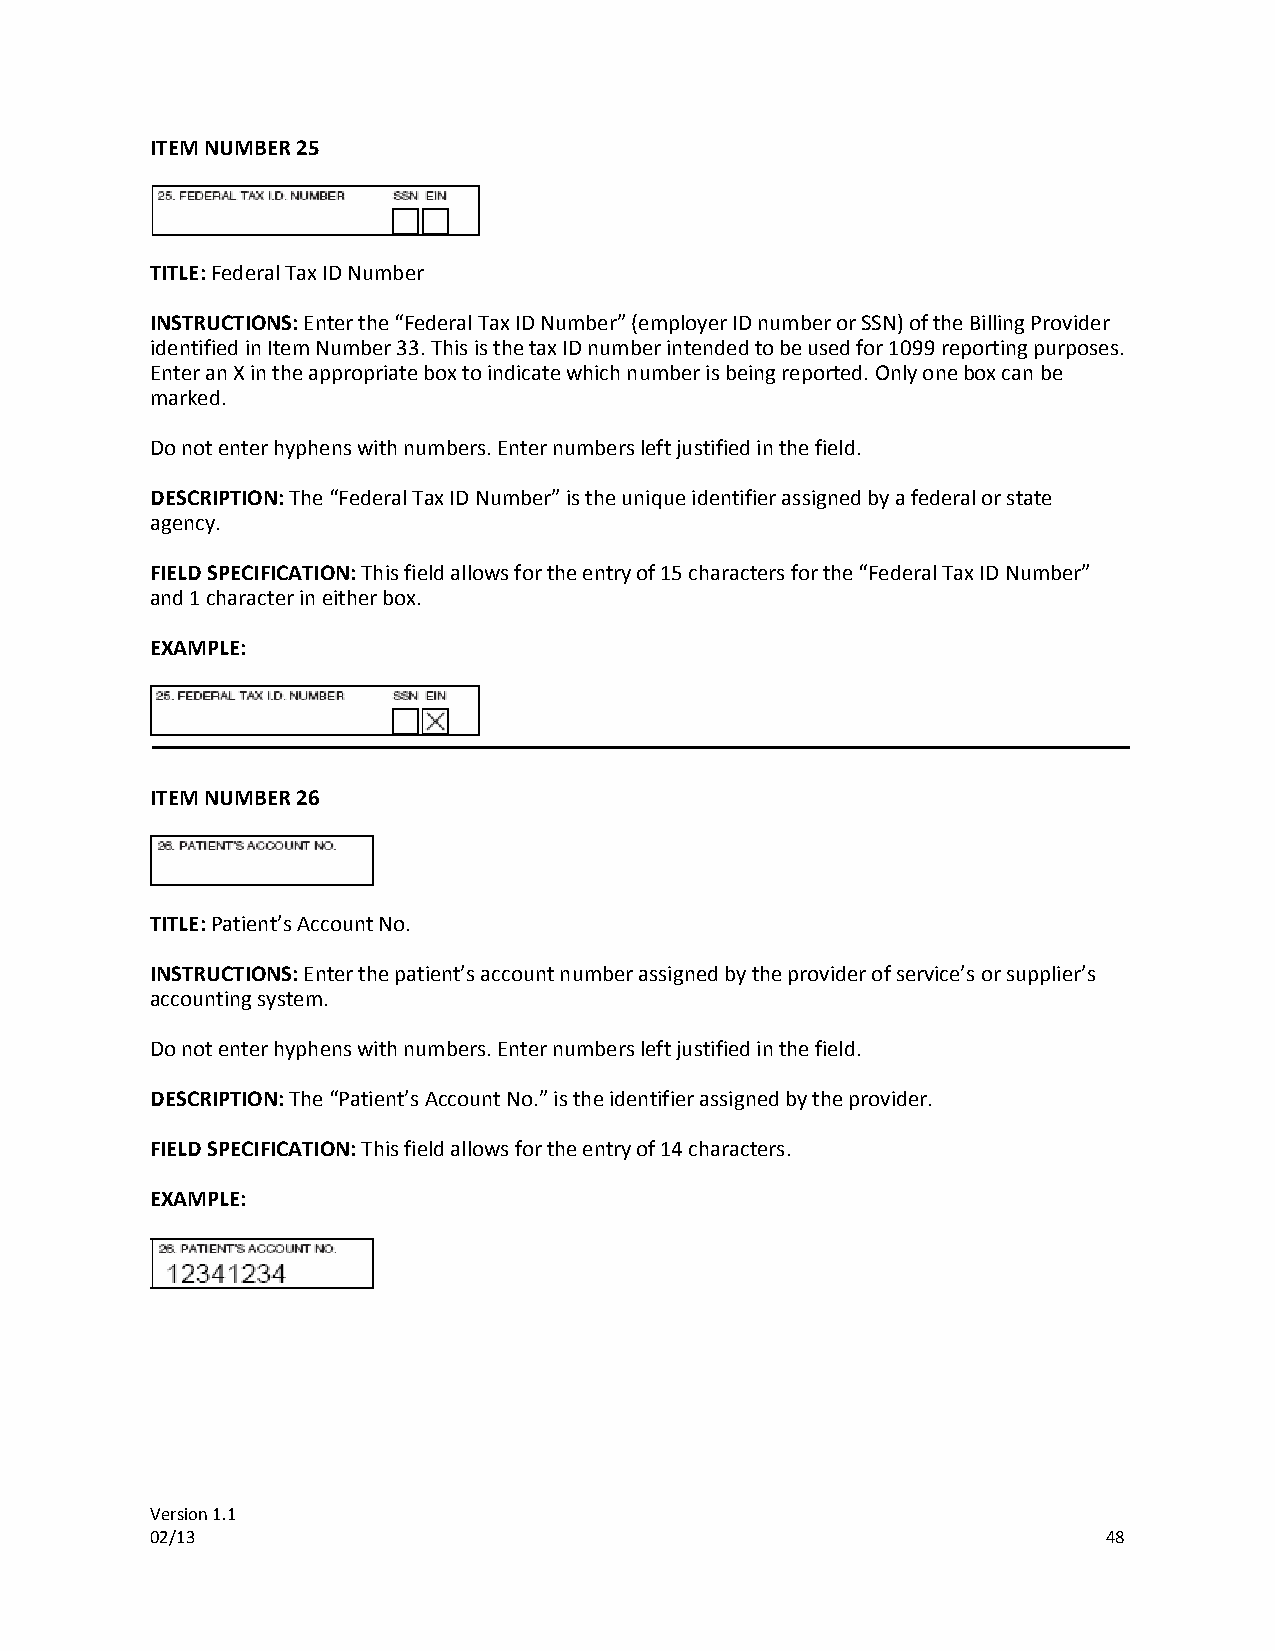
ITEM NUMBER 25
 TITLE: Federal Tax ID Number
 INSTRUCTIONS: Enter the “Federal Tax ID Number” (employer ID number or SSN) of the Billing Provider
 identified in Item Number 33. This is the tax ID number intended to be used for 1099 reporting purposes.
 Enter an X in the appropriate box to indicate which number is being reported. Only one box can be
 marked.
 Do not enter hyphens with numbers. Enter numbers left justified in the field.
 DESCRIPTION: The “Federal Tax ID Number” is the unique identifier assigned by a federal or state
 agency.
 FIELD SPECIFICATION: This field allows for the entry of 15 characters for the “Federal Tax ID Number”
 and 1 character in either box.
 EXAMPLE:
 ITEM NUMBER 26
 TITLE: Patient’s Account No.
 INSTRUCTIONS: Enter the patient’s account number assigned by the provider of service’s or supplier’s
 accounting system.
 Do not enter hyphens with numbers. Enter numbers left justified in the field.
 DESCRIPTION: The “Patient’s Account No.” is the identifier assigned by the provider.
 FIELD SPECIFICATION: This field allows for the entry of 14 characters.
 EXAMPLE:
 Version 1.1
 02/13                                                          48